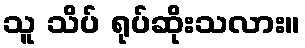
သူ သိပ် ရုပ်ဆိုးသလား။